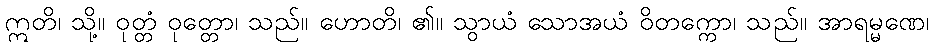
ဣတိ၊ သို့။ ဝုတ္တံ ဝုတ္တော၊ သည်။ ဟောတိ၊ ၏။ သွာယံ သောအယံ ဝိတက္ကော၊ သည်။ အာရမ္မဏေ၊